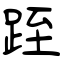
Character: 跮